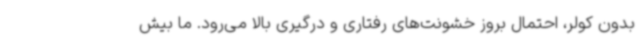
بدون کولر، احتمال بروز خشونت‌های رفتاری و درگیری بالا می‌رود. ما بیش